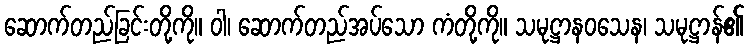
ဆောက်တည်ခြင်းတို့ကို။ ဝါ၊ ဆောက်တည်အပ်သော ကံတို့ကို။ သမုဋ္ဌာနဝသေန၊ သမုဋ္ဌာန်၏